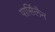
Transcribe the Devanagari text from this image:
पार्सिलैन